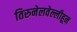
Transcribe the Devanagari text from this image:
तिरुनेलवेल्लीहून